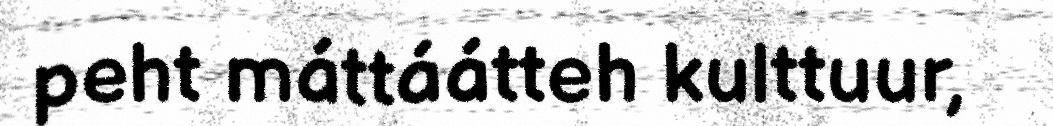
peht máttáátteh kulttuur,